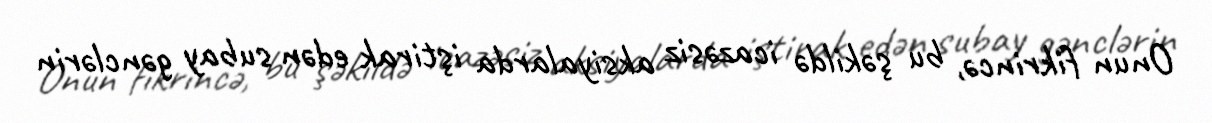
Onun fikrincə, bu şəkildə icazəsiz aksiyalarda iştirak edən subay gənclərin